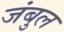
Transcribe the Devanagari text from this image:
जंबुल